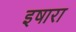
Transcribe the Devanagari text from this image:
इषारा